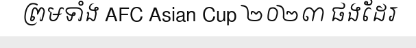
ព្រមទាំង AFC Asian Cup ២០២៣ ផងដែរ